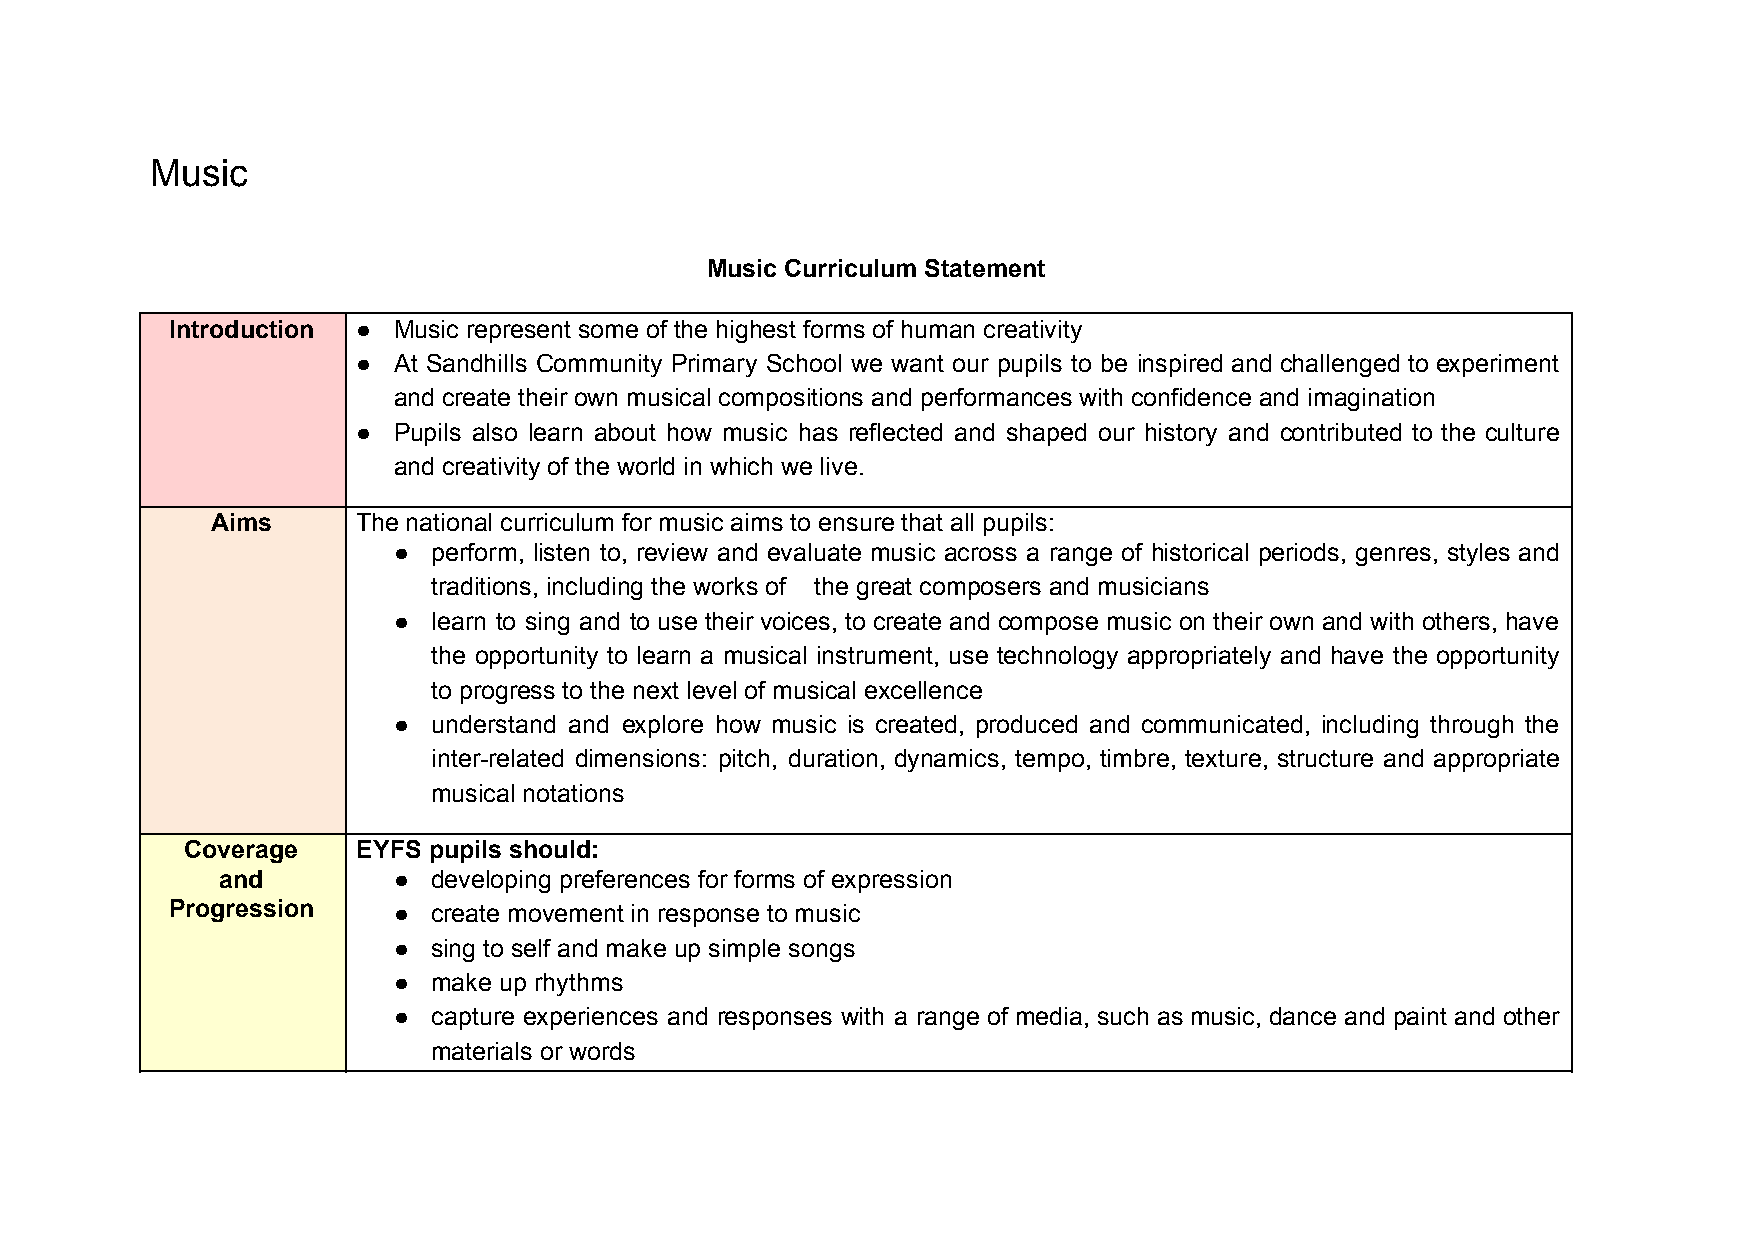
Music
 Music Curriculum Statement
 Introduction ● Music represent some of the highest forms of human creativity
 ● At Sandhills Community Primary School we want our pupils to be inspired and challenged to experiment
 and create their own musical compositions and performances with confidence and imagination
 ● Pupils also learn about how music has reflected and shaped our history and contributed to the culture
 and creativity of the world in which we live.
 Aims      The national curriculum for music aims to ensure that all pupils:
 ●  perform, listen to, review and evaluate music across a range of historical periods, genres, styles and
 traditions, including the works of the great composers and musicians
 ●  learn to sing and to use their voices, to create and compose music on their own and with others, have
 the opportunity to learn a musical instrument, use technology appropriately and have the opportunity
 to progress to the next level of musical excellence
 ●  understand and explore how music is created, produced and communicated, including through the
 inter-related dimensions: pitch, duration, dynamics, tempo, timbre, texture, structure and appropriate
 musical notations
 Coverage    EYFS pupils should:
 and         ●  developing preferences for forms of expression
 Progression    ●  create movement in response to music
 ●  sing to self and make up simple songs
 ●  make up rhythms
 ●  capture experiences and responses with a range of media, such as music, dance and paint and other
 materials or words